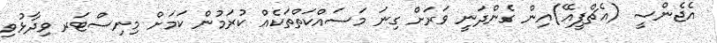
އެޖެންސީ (އެޗްޕީއޭ)އިން ގެންދަނީ ވަރަށް ގިނަ މަސައްކަތްތަކެއް ކުރަމުން ކަމަށް މިނިސްޓަރ ވިދާޅުވި